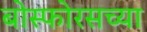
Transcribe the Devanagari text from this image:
बोस्फोरसच्या